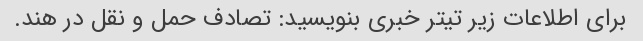
برای اطلاعات زیر تیتر خبری بنویسید: تصادف حمل و نقل در هند.